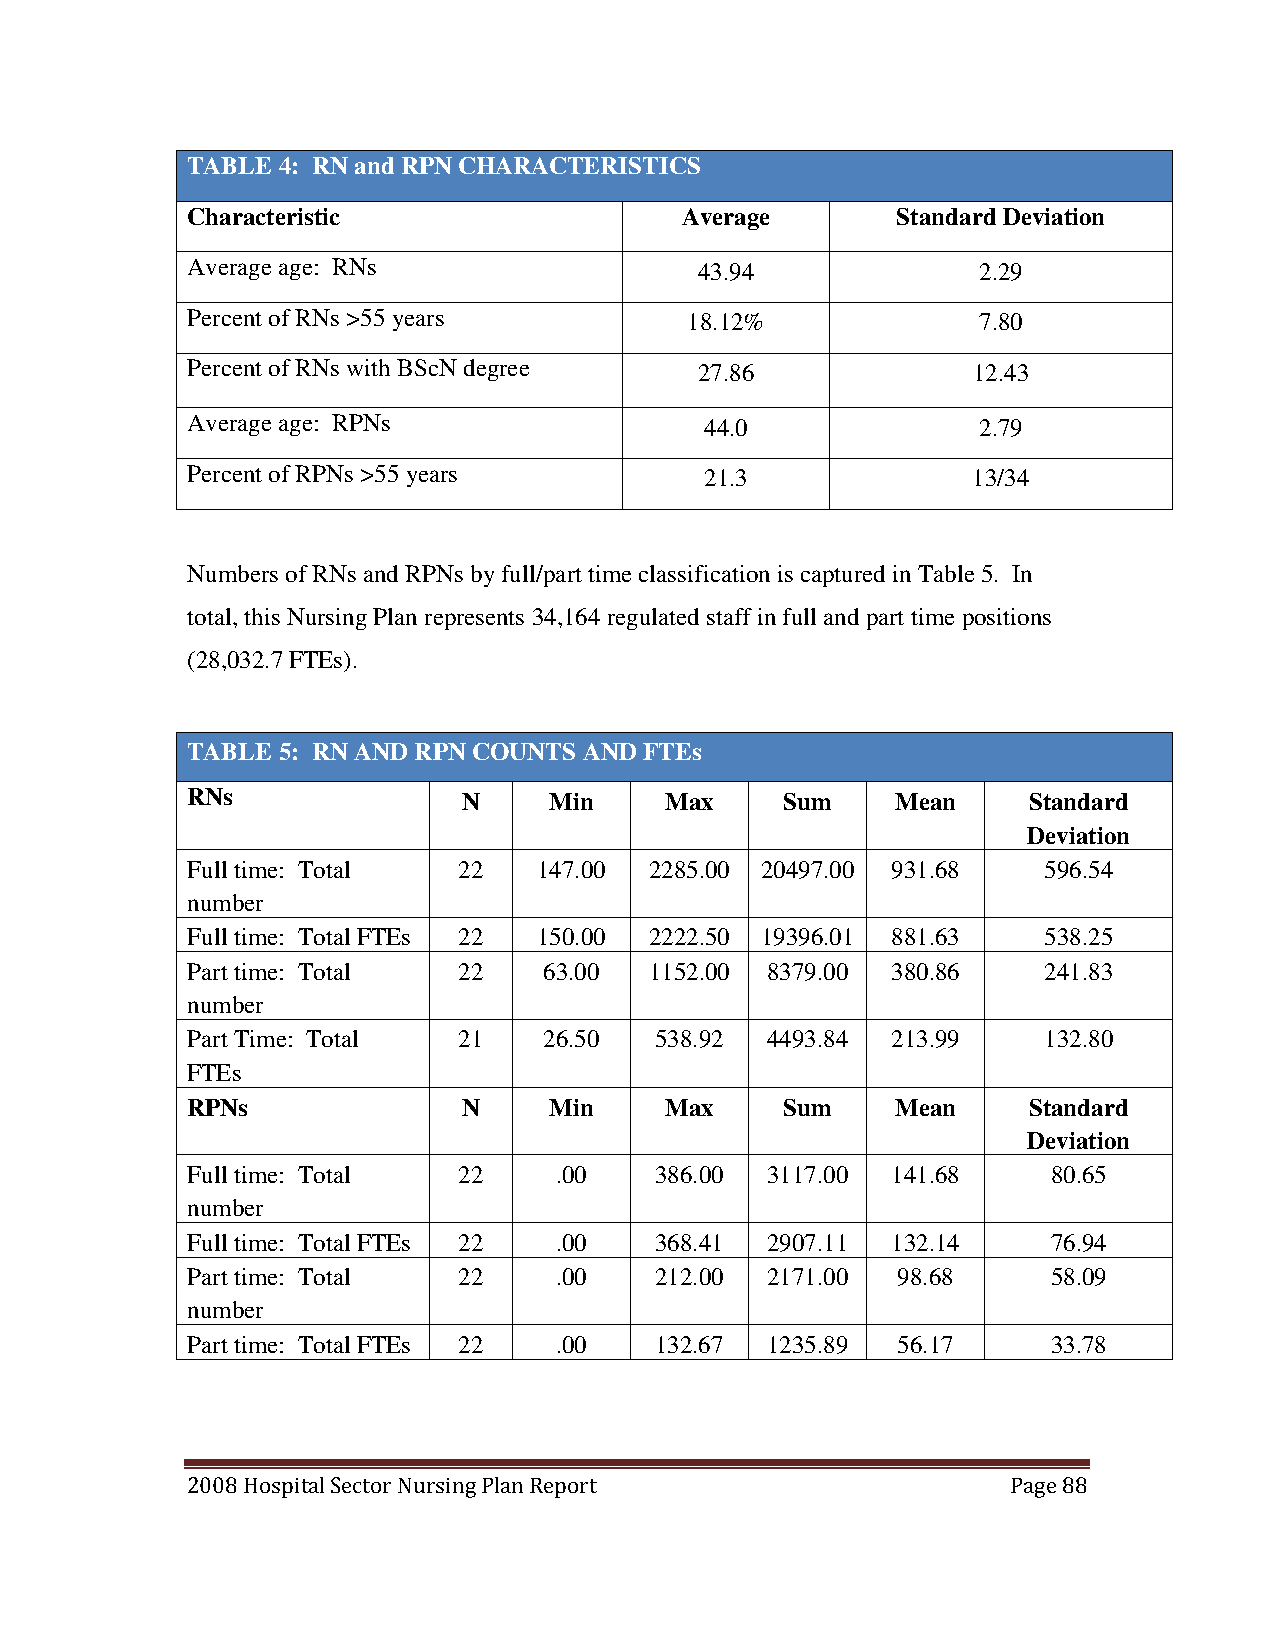
TABLE 4: RN and RPN CHARACTERISTICS
 Characteristic                   Average       Standard Deviation
 Average age: RNs                  43.94              2.29
 Percent of RNs >55 years          18.12%             7.80
 Percent of RNs with BScN degree   27.86             12.43
 Average age: RPNs                  44.0              2.79
 Percent of RPNs >55 years          21.3             13/34
 Numbers of RNs and RPNs by full/part time classification is captured in Table 5. In
 total, this Nursing Plan represents 34,164 regulated staff in full and part time positions
 (28,032.7 FTEs).
 TABLE 5: RN AND RPN COUNTS AND FTEs
 RNs                N    Min     Max     Sum    Mean     Standard
 Deviation
 Full time: Total  22    147.00 2285.00 20497.00 931.68   596.54
 number
 Full time: Total FTEs 22 150.00 2222.50 19396.01 881.63  538.25
 Part time: Total  22    63.00  1152.00 8379.00 380.86    241.83
 number
 Part Time: Total  21    26.50  538.92  4493.84 213.99    132.80
 FTEs
 RPNs               N    Min     Max     Sum    Mean     Standard
 Deviation
 Full time: Total  22     .00   386.00  3117.00 141.68     80.65
 number
 Full time: Total FTEs 22 .00   368.41  2907.11 132.14     76.94
 Part time: Total  22     .00   212.00  2171.00 98.68      58.09
 number
 Part time: Total FTEs 22 .00   132.67  1235.89 56.17      33.78
 2008 Hospital Sector Nursing Plan Report               Page 88